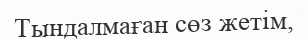
Тындалмаған сөз жетім,